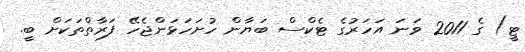
ޓީ) ގެ 2011 ވަނަ އަހަރުގެ ޓެކްސް ބަޔާން ހުށަހަޅަންޖެހޭ ފަރާތްތަކަށް ބީ.